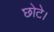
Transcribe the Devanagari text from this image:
छोटे।